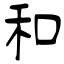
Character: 和